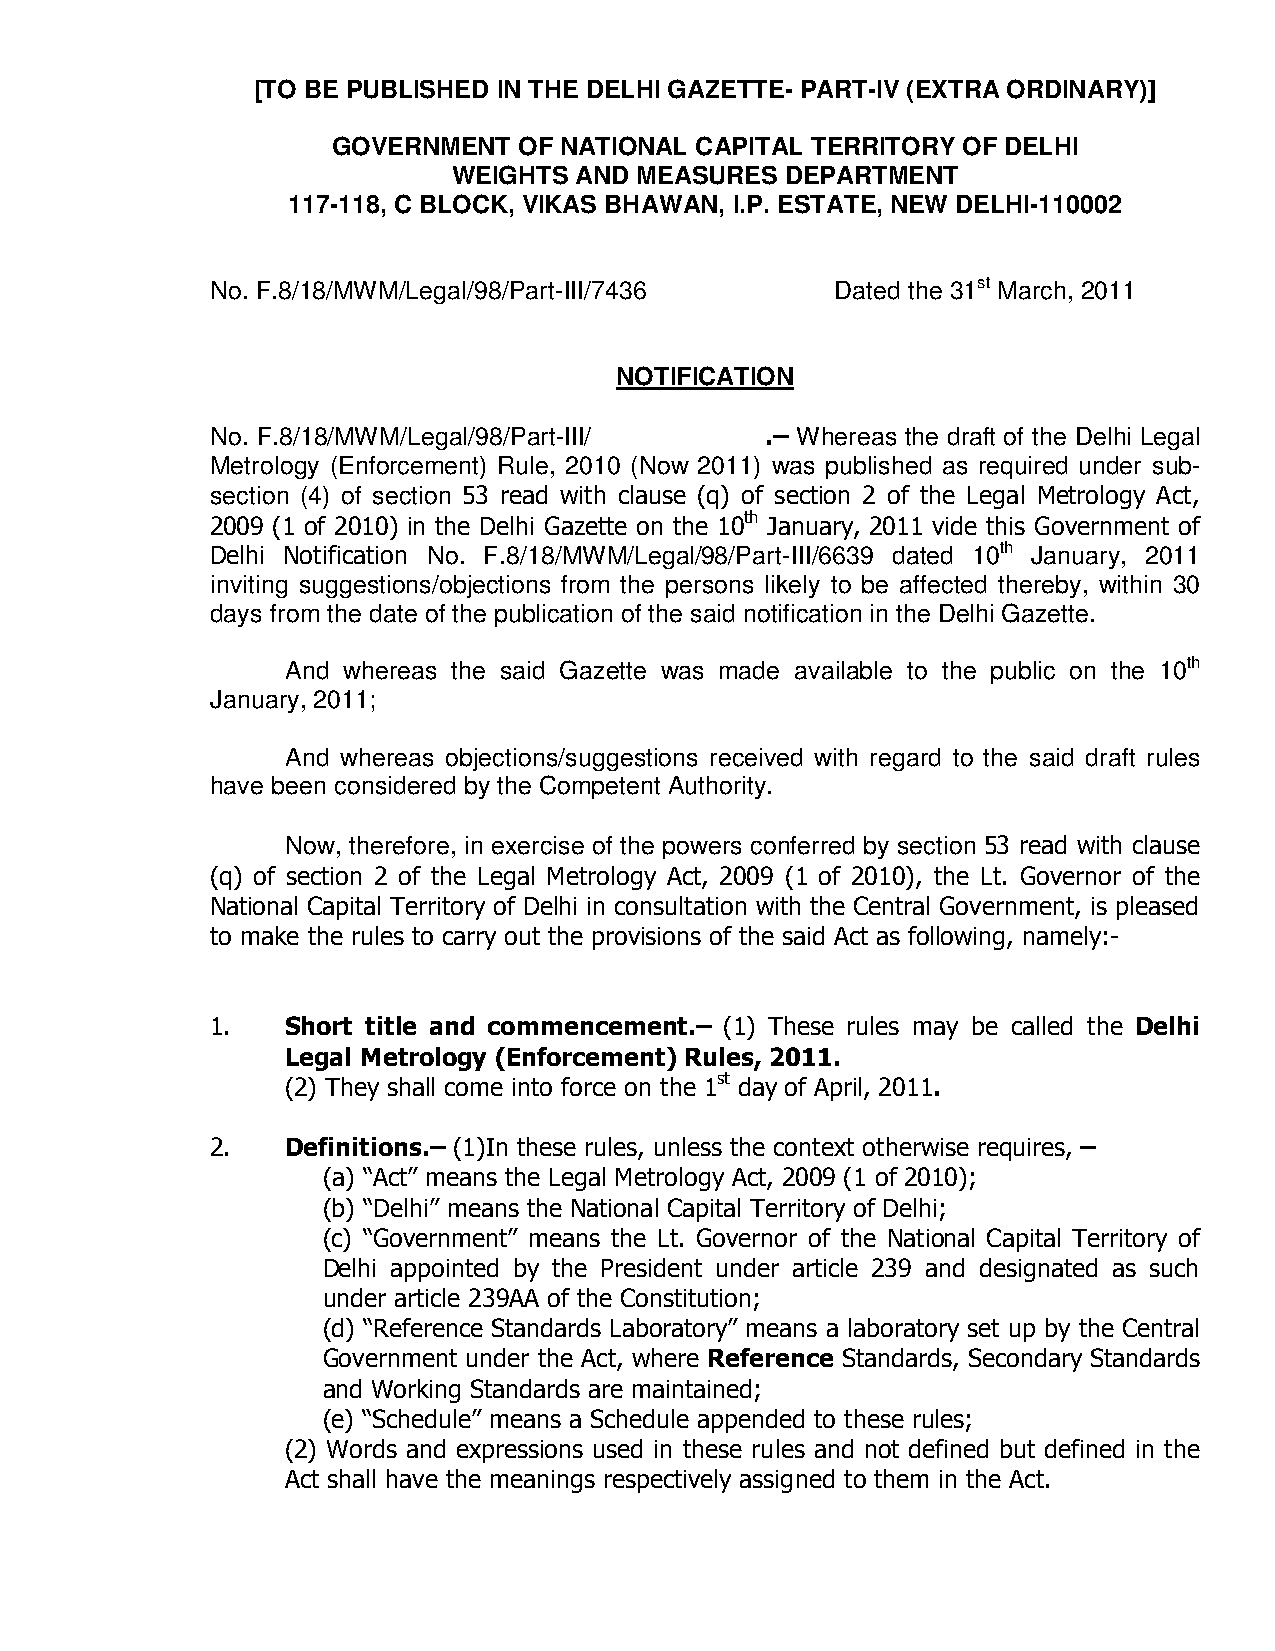
[TO BE PUBLISHED IN THE DELHI GAZETTE- PART-IV (EXTRA ORDINARY)]
 GOVERNMENT  OF NATIONAL CAPITAL TERRITORY OF DELHI
 WEIGHTS AND MEASURES  DEPARTMENT
 117-118, C BLOCK, VIKAS BHAWAN, I.P. ESTATE, NEW DELHI-110002
 No. F.8/18/MWM/Legal/98/Part-III/7436    Dated the 31st March, 2011
 NOTIFICATION
 No. F.8/18/MWM/Legal/98/Part-III/    .– Whereas the draft of the Delhi Legal
 Metrology (Enforcement) Rule, 2010 (Now 2011) was published as required under sub-
 section (4) of section 53 read with clause (q) of section 2 of the Legal Metrology Act,
 2009 (1 of 2010) in the Delhi Gazette on the 10th January, 2011 vide this Government of
 Delhi Notification No. F.8/18/MWM/Legal/98/Part-III/6639 dated 10th January, 2011
 inviting suggestions/objections from the persons likely to be affected thereby, within 30
 days from the date of the publication of the said notification in the Delhi Gazette.
 And whereas the said Gazette was made available to the public on the 10th
 January, 2011;
 And whereas objections/suggestions received with regard to the said draft rules
 have been considered by the Competent Authority.
 Now, therefore, in exercise of the powers conferred by section 53 read with clause
 (q) of section 2 of the Legal Metrology Act, 2009 (1 of 2010), the Lt. Governor of the
 National Capital Territory of Delhi in consultation with the Central Government, is pleased
 to make the rules to carry out the provisions of the said Act as following, namely:-
 1.   Short title and commencement.– (1) These rules may be called the Delhi
 Legal Metrology (Enforcement) Rules, 2011.
 (2) They shall come into force on the 1st day of April, 2011.
 2.   Definitions.– (1)In these rules, unless the context otherwise requires, –
 (a) “Act” means the Legal Metrology Act, 2009 (1 of 2010);
 (b) “Delhi” means the National Capital Territory of Delhi;
 (c) “Government” means the Lt. Governor of the National Capital Territory of
 Delhi appointed by the President under article 239 and designated as such
 under article 239AA of the Constitution;
 (d) “Reference Standards Laboratory” means a laboratory set up by the Central
 Government under the Act, where Reference Standards, Secondary Standards
 and Working Standards are maintained;
 (e) “Schedule” means a Schedule appended to these rules;
 (2) Words and expressions used in these rules and not defined but defined in the
 Act shall have the meanings respectively assigned to them in the Act.